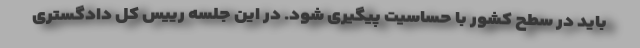
باید در سطح کشور با حساسیت پیگیری شود. در این جلسه رییس کل دادگستری